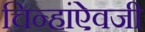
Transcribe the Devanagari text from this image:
चिन्हांऐवजी